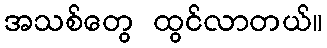
အသစ်တွေ ထွင်လာတယ်။